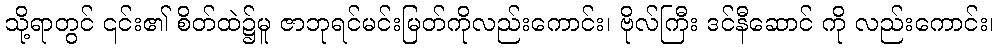
သို့ရာတွင် ၎င်း၏ စိတ်ထဲ၌မူ ဇာဘုရင်မင်းမြတ်ကိုလည်းကောင်း၊ ဗိုလ်ကြီး ဒင်နီဆောင် ကို လည်းကောင်း၊